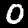
Digit: 0